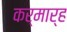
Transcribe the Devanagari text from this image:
कर्मार्ह